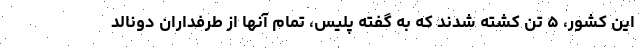
این کشور، ۵ تن کشته شدند که به گفته پلیس، تمام آنها از طرفداران دونالد